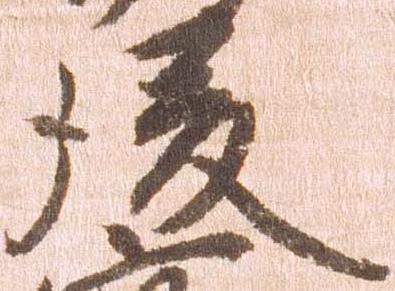
後